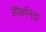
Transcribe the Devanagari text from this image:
अॅरॅकनिडा